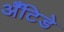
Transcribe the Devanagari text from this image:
अँटिडे